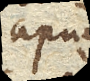
apud